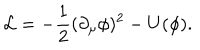
LaTeX: { \cal L } = - \frac { 1 } { 2 } ( \partial _ { \mu } \phi ) ^ { 2 } - U ( \phi ) .